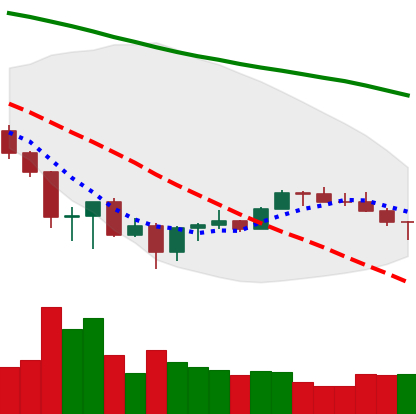
Ticker: BNB-USD
Chart end date: 2022-06-30
Forward return: 5.265%
Label: up_5_7